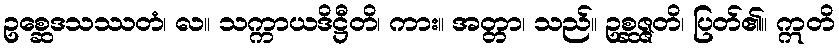
ဥစ္ဆေဒသဿတံ၊ လ။ သက္ကာယဒိဋ္ဌီတိ၊ ကား။ အတ္တာ၊ သည်။ ဥစ္ဆဇ္ဇတိ၊ ပြတ်၏။ ဣတိ